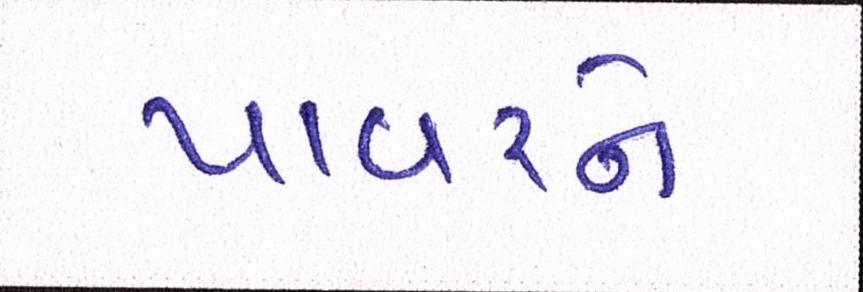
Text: પાવરને